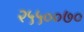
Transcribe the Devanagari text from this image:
२५५००७०